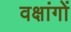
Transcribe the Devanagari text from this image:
वक्षांगों